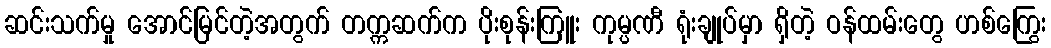
ဆင်းသက်မှု အောင်မြင်တဲ့အတွက် တက္ကဆက်က ပိုးစုန်းကြူး ကုမ္ပဏီ ရုံးချုပ်မှာ ရှိတဲ့ ဝန်ထမ်းတွေ ဟစ်ကြွေး